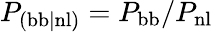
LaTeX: P_{\mathrm{(bb|nl)}}=P_{\mathrm{bb}}/P_{\mathrm{nl}}